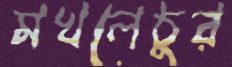
মখলেচুর